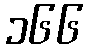
၁၆၆